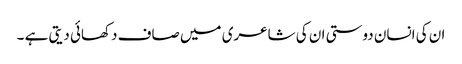
ان کی انسان دوستی ان کی شاعری میں صاف دکھائی دیتی ہے ۔